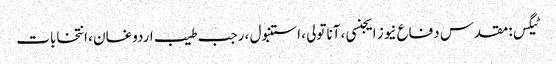
ٹیگس: مقدس دفاع نیوز ایجنسی ، آناتولی ، استنبول ، رجب طیب اردوغان ، انتخابات